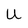
Character: U